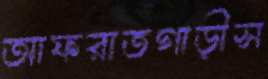
আফরাতগাড়ীস